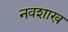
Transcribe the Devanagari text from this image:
नवशाख